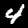
Label: 4